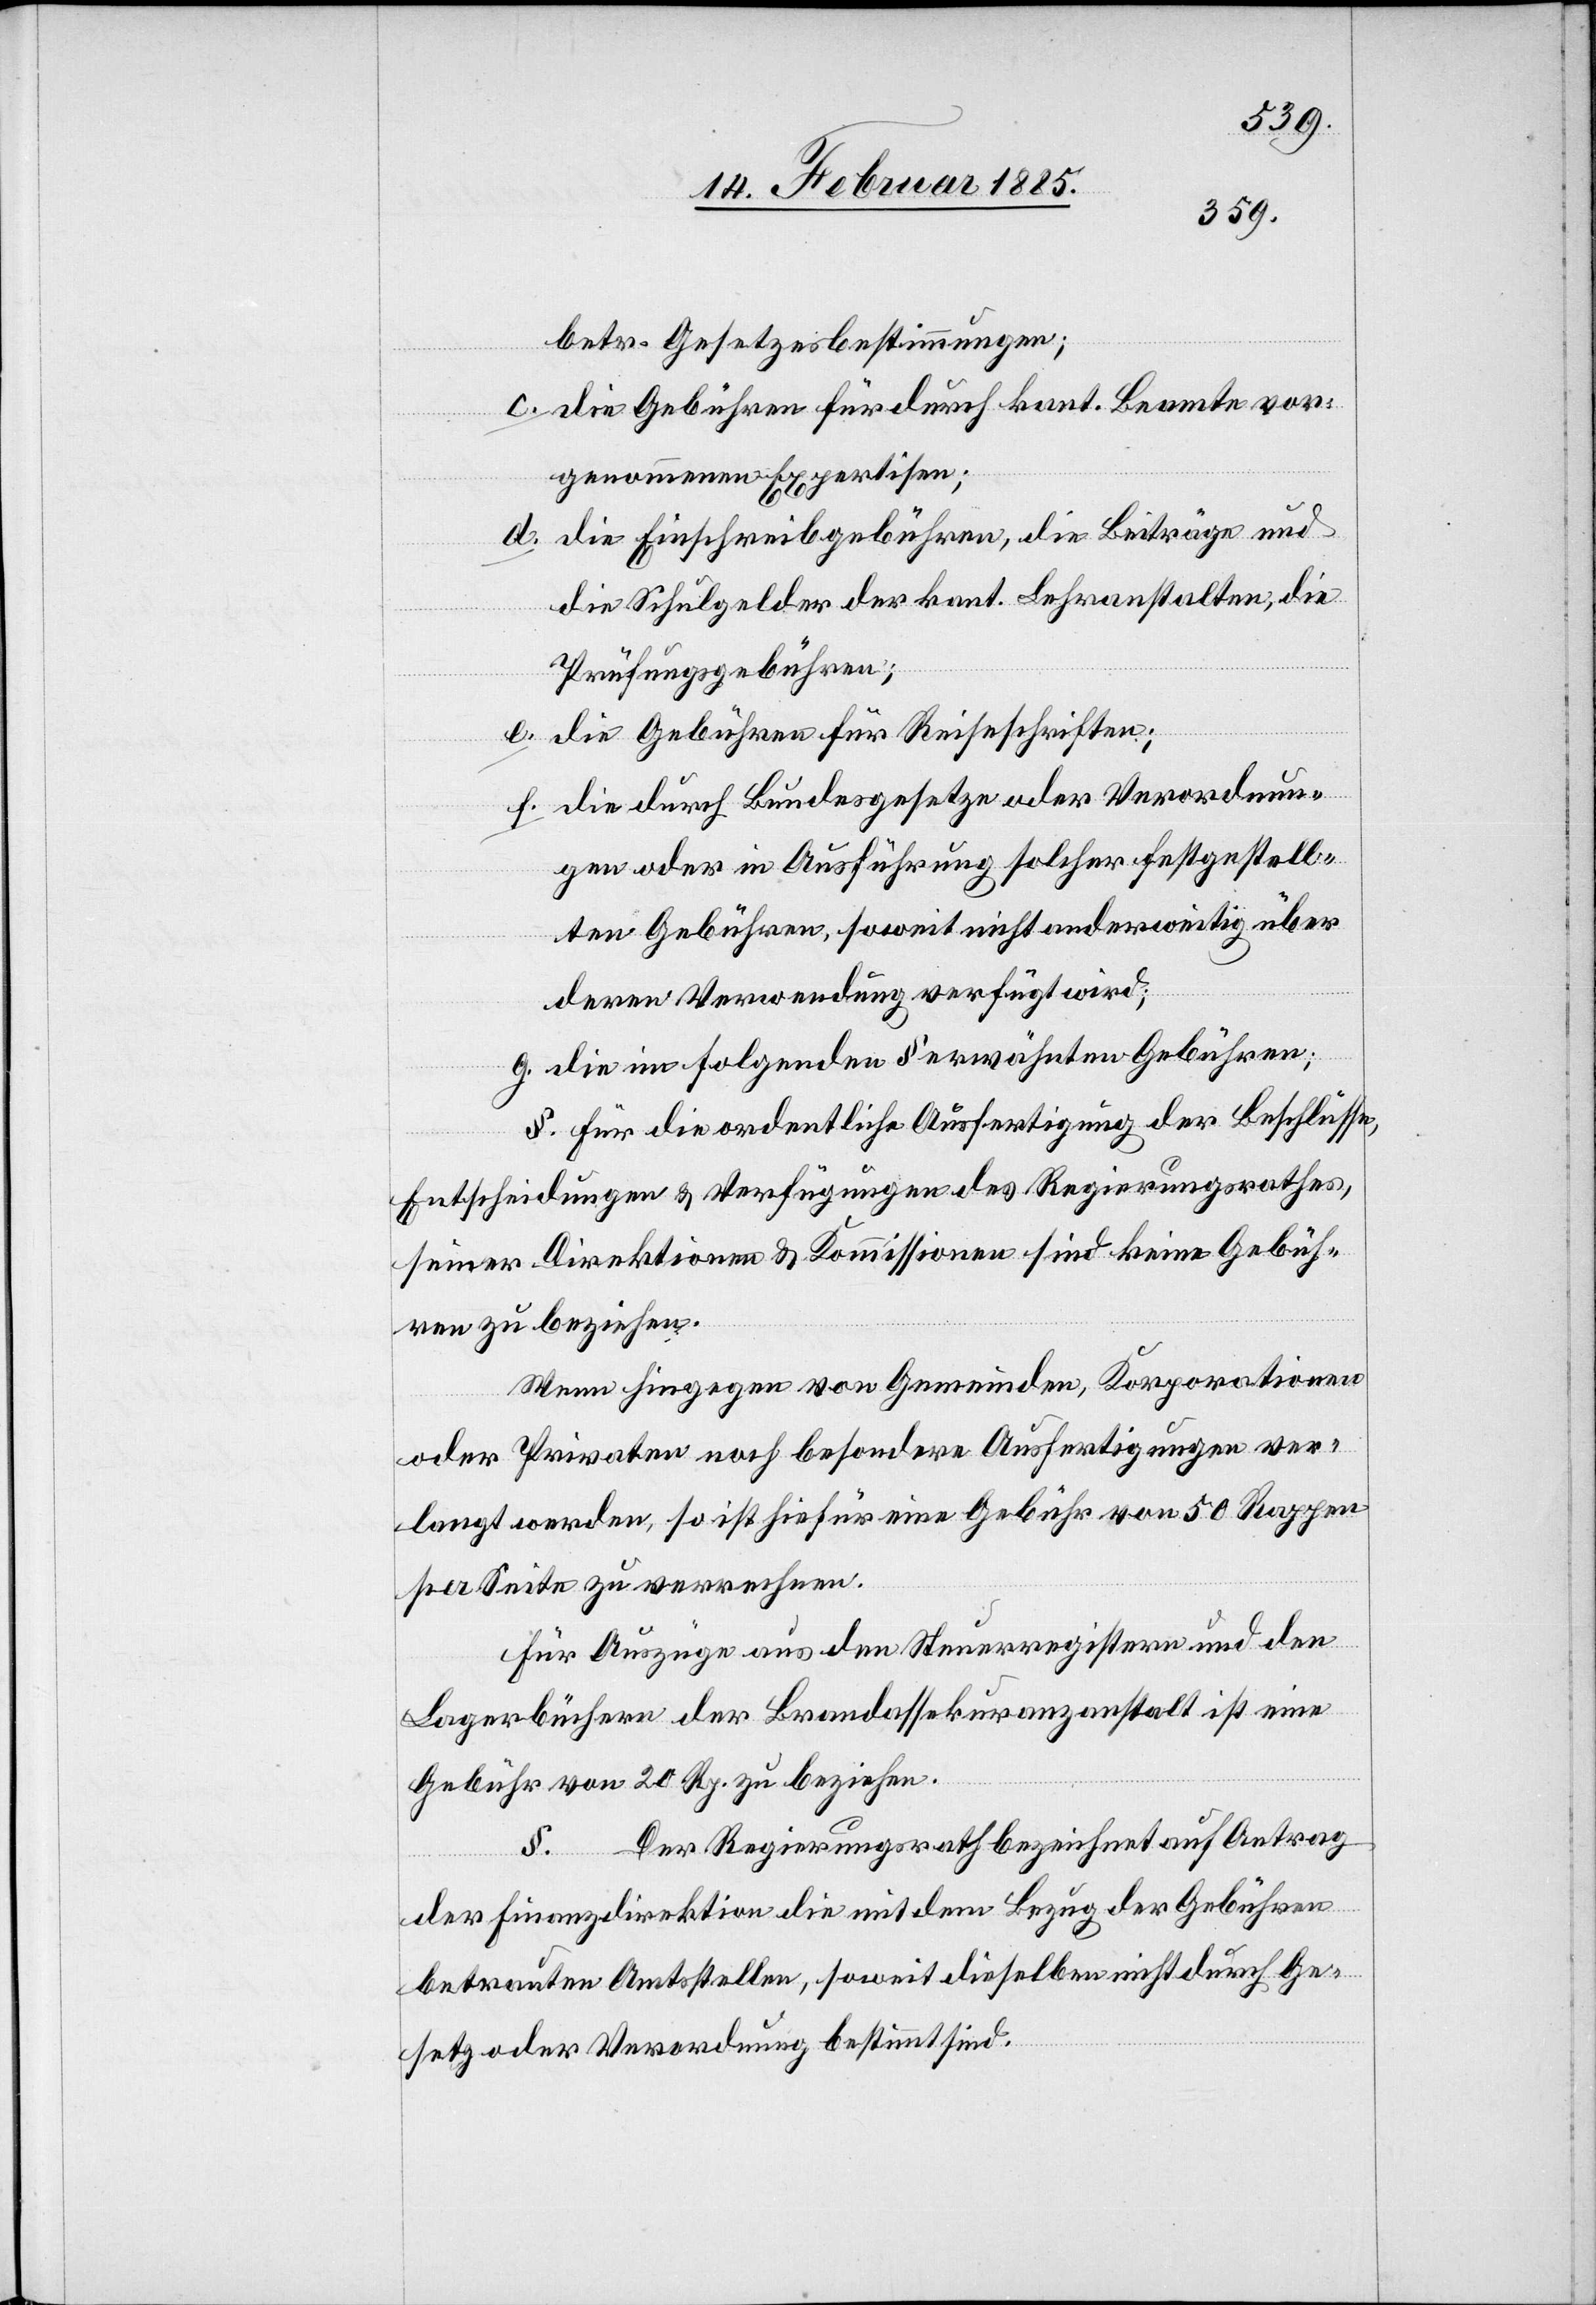
betr. Gesetzesbestimmungen;
c. die Gebühren für durch kant. Beamte vor¬
genommenen Expertisen;
d. die Einschreibgebühren, die Beiträge und
die Schulgelder der kant. Lehranstalten; die
Prüfungsgebühren;
e. die Gebühren für Reiseschriften;
f. die durch Bundesgesetze oder Verordnun¬
gen oder in Ausführung solcher festgestell¬
ten Gebühren, soweit nicht anderweitig über
deren Verwendung verfügt wird;
g. die im folgenden § erwähnten Gebühren;
§. Für die ordentliche Ausfertigung der Beschlüsse,
Entscheidungen & Verfügungen des Regierungsrathes,
seiner Direktionen & Kommissionen sind keine Gebüh¬
ren zu beziehen.
Wenn hingegen von Gemeinden, Korporationen
oder Privaten noch besondere Ausfertigungen ver¬
langt werden, so ist hierfür eine Gebühr von 50 Rappen
per Seite zu verrechnen.
Für Auszüge aus den Steuerregistern und den
Lagerbüchern der Brandassekuranzanstalt ist eine
Gebühr von 20 Rp. zu beziehen.
Der Regierungsrath bezeichnet auf Antrag
der Finanzdirektion die mit dem Bezug der Gebühren
betrauten Amtsstellen, soweit dieselben nicht durch Ge¬
setz oder Verordnung bestimmt sind.